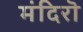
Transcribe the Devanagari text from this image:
मंदिरॊ